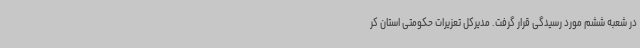
در شعبه ششم مورد رسیدگی قرار گرفت. مدیرکل تعزیرات حکومتی استان کر